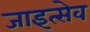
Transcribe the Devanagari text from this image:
जाइत्सेव